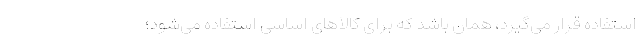
استفاده قرار می‌گیرد، همان باشد که برای کالاهای اساسی استفاده می‌شود؛